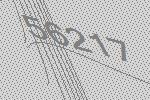
56217